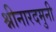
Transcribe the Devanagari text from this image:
श्नीनारदमुनी